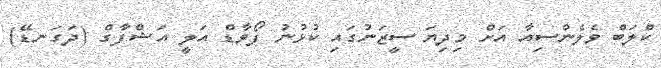
ކްލަބް ވެލެންސިއާ އަށް މިދިޔަ ސީޒަނުގައި ކުޅުނު ފޯވާޑް އަލީ އަޝްފާގް (ދަގަނޑޭ)